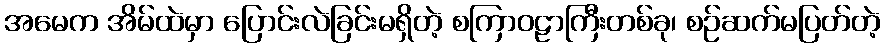
အမေက အိမ်ထဲမှာ ပြောင်းလဲခြင်းမရှိတဲ့ စကြာဝဠာကြီးတစ်ခု၊ စဉ်ဆက်မပြတ်တဲ့